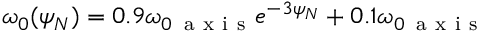
\omega _ { 0 } ( \psi _ { N } ) = 0 . 9 \omega _ { 0 \, \mathrm { ~ a ~ x ~ i ~ s ~ } } e ^ { - 3 \psi _ { N } } + 0 . 1 \omega _ { 0 \, \mathrm { ~ a ~ x ~ i ~ s ~ } }